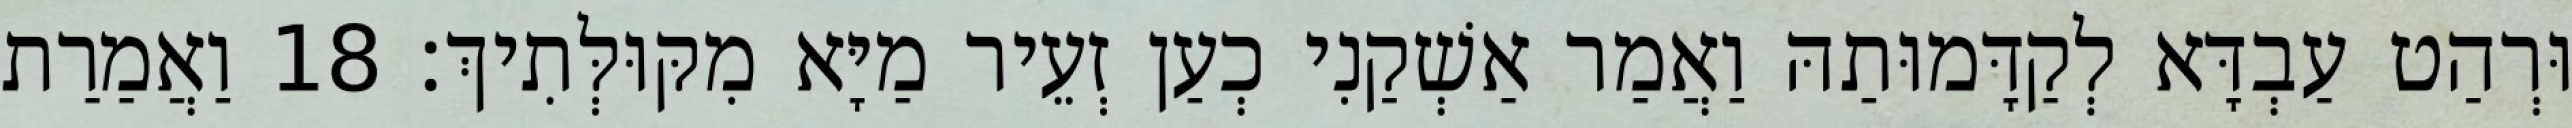
וּרְהַט עַבְדָּא לְקַדָּמוּתַהּ וַאֲמַר אַשְׁקַנִי כְעַן זְעֵיר מַיָּא מִקּוּלְּתִיךְ׃ 18 וַאֲמַרַת